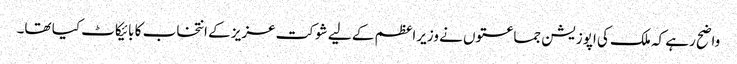
واضح رہے کہ ملک کی اپوزیشن جماعتوں نے وزیراعظم کے لیے شوکت عزیز کے انتخاب کا بائیکاٹ کیا تھا۔